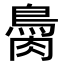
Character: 𦠂